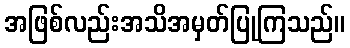
အဖြစ်လည်းအသိအမှတ်ပြုကြသည်။